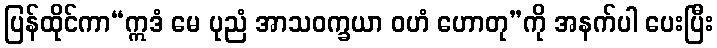
ပြန်ထိုင်ကာ“ဣဒံ မေ ပုညံ အာသဝက္ခယာ ဝဟံ ဟောတု”ကို အနက်ပါ ပေးပြီး